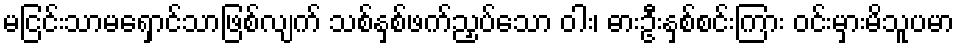
မငြင်းသာမရှောင်သာဖြစ်လျက် သစ်နှစ်ဖက်ညှပ်သော ဝါး၊ ဓားဦးနှစ်စင်းကြား ဝင်းမှားမိသူပမာ